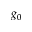
g _ { 0 }